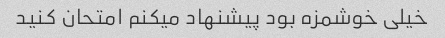
خیلی خوشمزه بود پیشنهاد میکنم امتحان کنید